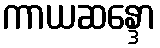
ကာယဆန္ဒော